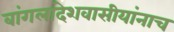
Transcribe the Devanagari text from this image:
बांगलादेशवासीयांनाच